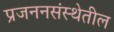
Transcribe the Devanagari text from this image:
प्रजननसंस्थेतील